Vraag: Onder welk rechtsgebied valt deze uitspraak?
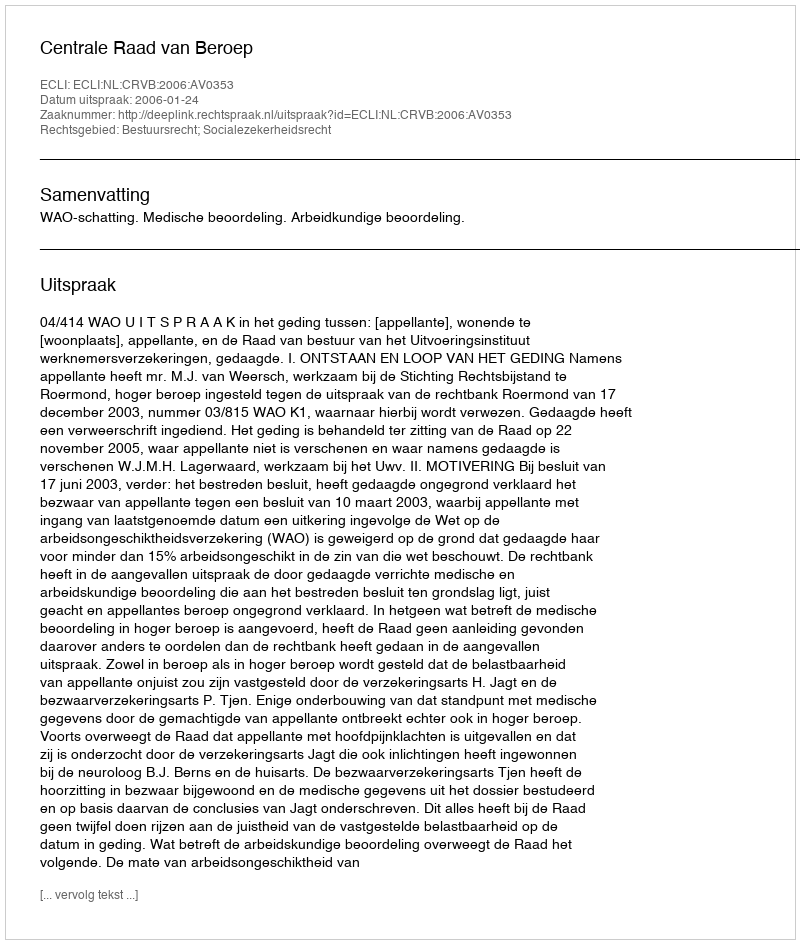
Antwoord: Bestuursrecht; Socialezekerheidsrecht